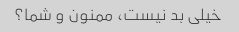
خیلی بد نیست، ممنون و شما؟